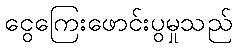
ငွေကြေးဖောင်းပွမှုသည်